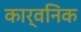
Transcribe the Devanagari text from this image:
कार्वनिक